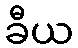
ခီယ